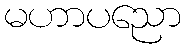
မဟာပညော